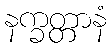
နက္ခတ္တာနံ